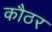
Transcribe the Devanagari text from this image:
कौठर